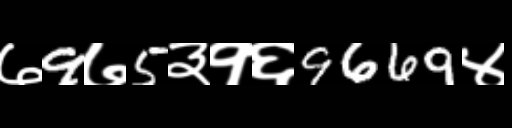
Text: ७9७5३१६9669४